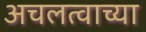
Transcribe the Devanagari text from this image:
अचलत्वाच्या